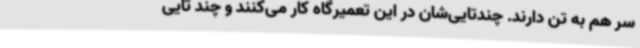
سر هم به تن دارند. چندتایی‌شان در این تعمیرگاه کار می‌کنند و چند تایی